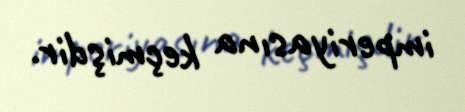
imperiyasına keçmişdir.